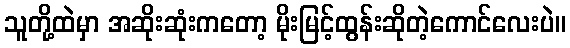
သူတို့ထဲမှာ အဆိုးဆုံးကတော့ မိုးမြင့်ထွန်းဆိုတဲ့ကောင်လေးပဲ။